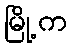
မြို့က